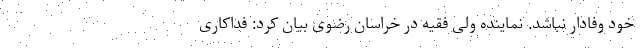
خود وفادار نباشد. نماینده ولی فقیه در خراسان رضوی بیان کرد: فداکاری